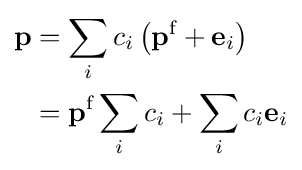
{\begin{aligned}\mathbf {p} &=\sum _{i}c_{i}\left(\mathbf {p} ^{\text{f}}+\mathbf {e} _{i}\right)\\&=\mathbf {p} ^{\text{f}}\sum _{i}c_{i}+\sum _{i}c_{i}\mathbf {e} _{i}\end{aligned}}